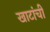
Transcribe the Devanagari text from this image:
खाटांची